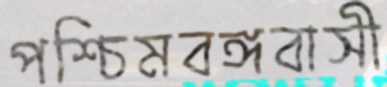
পশ্চিমবঙ্গবাসী